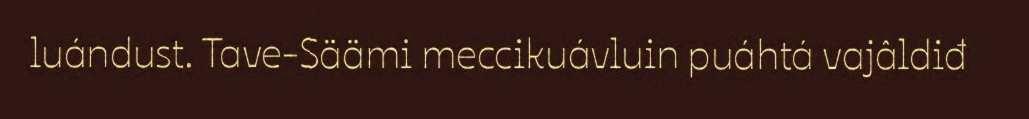
luándust. Tave-Säämi meccikuávluin puáhtá vajâldiđ